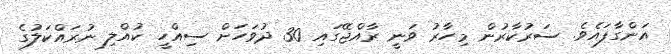
އަންގާފައެވެ. ސަރުކާރުން މިހާރު ވަނީ ރާއްޖޭގައި 30 ދުވަހަށް ސިއްހީ ކުއްލި ނުރައްކަލުގެ